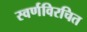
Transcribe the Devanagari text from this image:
स्वर्णविरचित